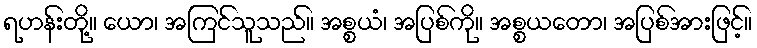
ရဟန်းတို့။ ယော၊ အကြင်သူသည်။ အစ္စယံ၊ အပြစ်ကို။ အစ္စယတော၊ အပြစ်အားဖြင့်။